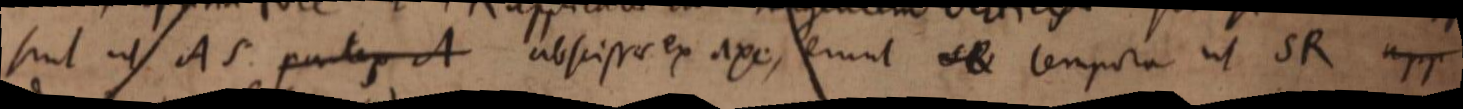
sint ut AS partes A abscissae ex axe, erunt tempora ut SR upp